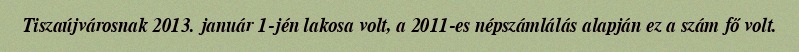
Tiszaújvárosnak 2013. január 1-jén lakosa volt, a 2011-es népszámlálás alapján ez a szám fő volt.